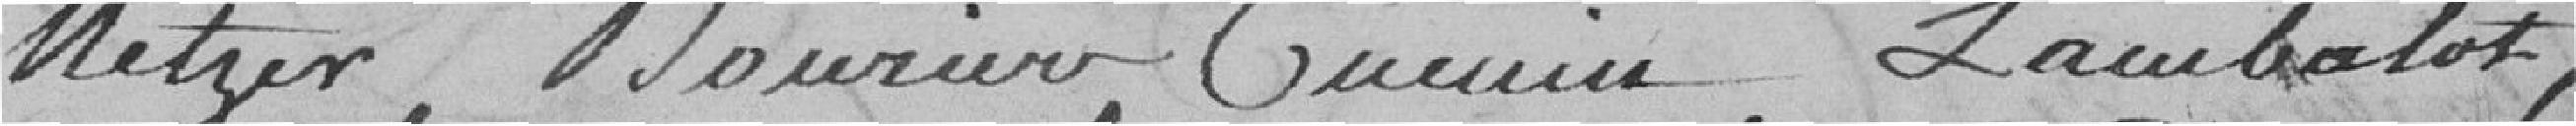
Metzer, Mourier, Cuenin, Lambalot,